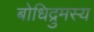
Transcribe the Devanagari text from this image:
बोधिद्रुमस्य